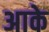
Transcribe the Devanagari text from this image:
अाके